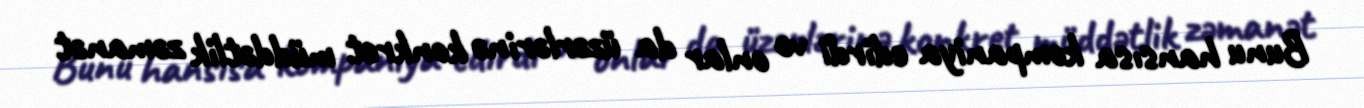
Bunu hansısa kompaniya edirdi və onlar da üzərlərinə konkret müddətlik zəmanət